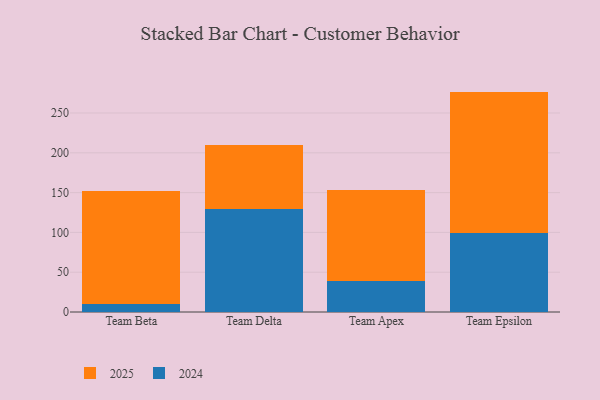
{"axis": {"x": "Team", "y": "Churn Rate (%)"}, "legend": ["2024", "2025"], "data": [{"x": "Team Beta", "y": 10.6, "type": "2024"}, {"x": "Team Beta", "y": 141.1, "type": "2025"}, {"x": "Team Delta", "y": 129.7, "type": "2024"}, {"x": "Team Delta", "y": 80.3, "type": "2025"}, {"x": "Team Apex", "y": 38.8, "type": "2024"}, {"x": "Team Apex", "y": 114.6, "type": "2025"}, {"x": "Team Epsilon", "y": 98.7, "type": "2024"}, {"x": "Team Epsilon", "y": 178.2, "type": "2025"}]}